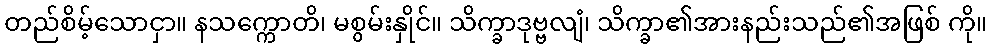
တည်စိမ့်သောငှာ။ နသက္ကောတိ၊ မစွမ်းနှိုင်။ သိက္ခာဒုဗ္ဗလျံ၊ သိက္ခာ၏အားနည်းသည်၏အဖြစ် ကို။